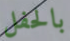
بالحفل